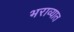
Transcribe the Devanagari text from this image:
भराव्यात